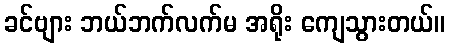
ခင်ဗျား ဘယ်ဘက်လက်မ အရိုး ကျေသွားတယ်။